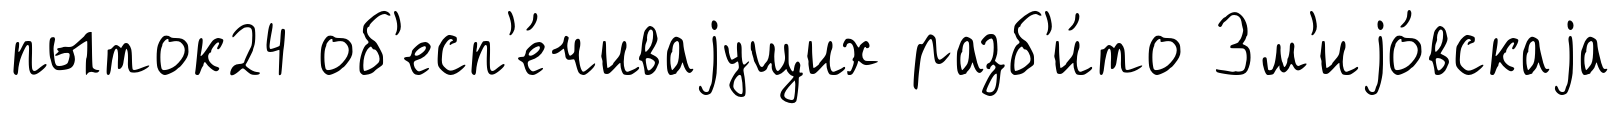
пыток24 об'есп'е́чиваjущих разб'и́то Зм'иjо́вскаjа